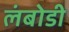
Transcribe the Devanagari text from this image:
लंबोडी